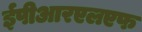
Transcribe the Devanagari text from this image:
ईपीआरएलएफ